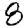
Digit: 8